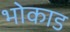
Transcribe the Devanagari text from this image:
भोकाड